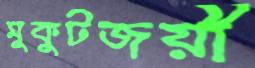
মুকুটজয়ী